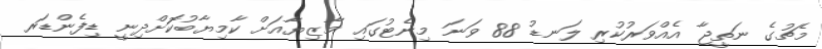
މެޗުގެ ނަތީޖާ އެއްވަރުކުރި ލަނޑު 88 ވަނަ މިނެޓުގައި މާޒިޔާއަށް ކާމިޔާބުކޮަށްދިނީ ޑިފެންޑަރ